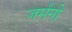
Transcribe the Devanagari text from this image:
जर्मंनी